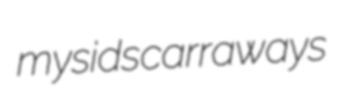
mysids carraways